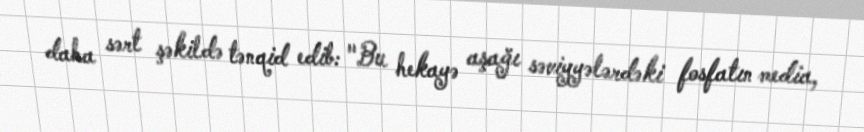
daha sərt şəkildə tənqid edib: "Bu hekayə aşağı səviyyələrdəki fosfatın media,